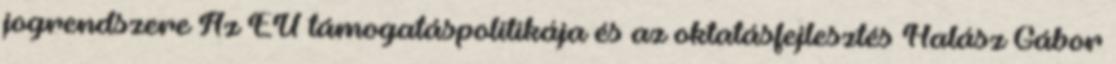
jogrendszere Az EU támogatáspolitikája és az oktatásfejlesztés Halász Gábor